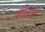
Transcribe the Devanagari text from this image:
रधिवा